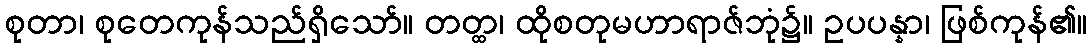
စုတာ၊ စုတေကုန်သည်ရှိသော်။ တတ္ထ၊ ထိုစတုမဟာရာဇ်ဘုံ၌။ ဥပပန္နာ၊ ဖြစ်ကုန်၏။